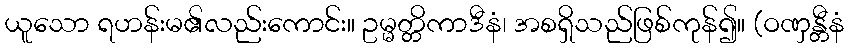
ယူသော ရဟန်းမ၏လည်းကောင်း။ ဥမ္မတ္တိကာဒီနံ၊ အစရှိသည်ဖြစ်ကုန်၍။ (ဝဏှန္တီနံ